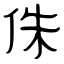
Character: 侏